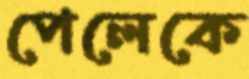
পেলেকে